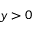
y > 0